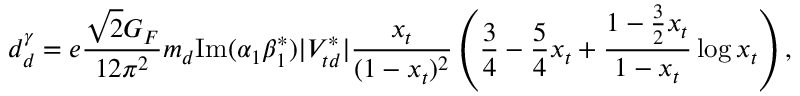
d _ { d } ^ { \gamma } = e \frac { \sqrt { 2 } G _ { F } } { 1 2 \pi ^ { 2 } } m _ { d } \mathrm { I m } ( \alpha _ { 1 } \beta _ { 1 } ^ { * } ) | V _ { t d } ^ { * } | \frac { x _ { t } } { ( 1 - x _ { t } ) ^ { 2 } } \left( \frac { 3 } { 4 } - \frac { 5 } { 4 } x _ { t } + \frac { 1 - \frac { 3 } { 2 } x _ { t } } { 1 - x _ { t } } \log x _ { t } \right) ,